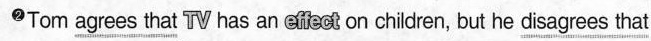
2.Tom \underline{agrees that} TV has an efec on chi dren, but he \underline{disagrees that}